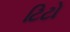
ટિટો